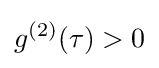
g^{(2)}(\tau )>0